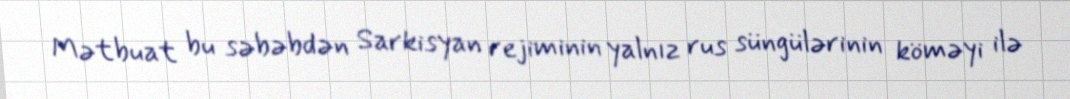
Mətbuat bu səbəbdən Sarkisyan rejiminin yalnız rus süngülərinin köməyi ilə